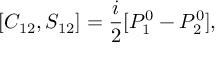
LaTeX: [ C _ { 1 2 } , S _ { 1 2 } ] = \frac { i } { 2 } [ { \cal P } _ { 1 } ^ { 0 } - { \cal P } _ { 2 } ^ { 0 } ] ,